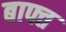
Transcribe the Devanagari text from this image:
बाफ्त